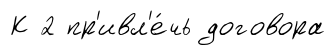
К 2 пр'ивл'е́чь договора